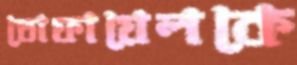
তোফায়েলকে